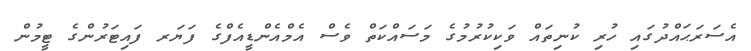
އެސަރަޙައްދުގައި ހުރި ކުނިތައް ވަކިކުރުމުގެ މަސައްކަތް ވެސް އެމްއެންޑީއެފްގެ ފަޔަރ ފައިޓަރުންގެ ޓީމުން